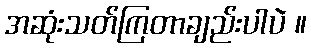
အဆုံးသတ်ကြတာချည်းပါပဲ ။